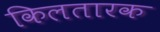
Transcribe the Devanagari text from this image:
किलतारक